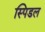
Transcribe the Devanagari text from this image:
स्पिडल